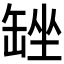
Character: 𮉴